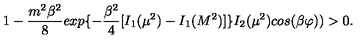
1 - { \frac { m ^ { 2 } \beta ^ { 2 } } { 8 } } e x p \{ - { \frac { \beta ^ { 2 } } { 4 } } [ I _ { 1 } ( \mu ^ { 2 } ) - I _ { 1 } ( M ^ { 2 } ) ] \} I _ { 2 } ( \mu ^ { 2 } ) c o s ( \beta \varphi ) ) > 0 .